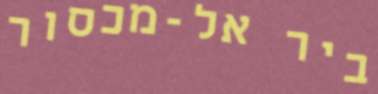
ביר אל-מכסור